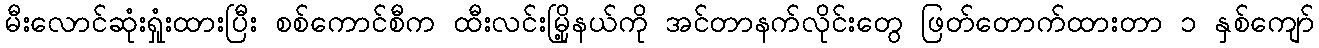
မီးလောင်ဆုံးရှုံးထားပြီး စစ်ကောင်စီက ထီးလင်းမြို့နယ်ကို အင်တာနက်လိုင်းတွေ ဖြတ်တောက်ထားတာ ၁ နှစ်ကျော်